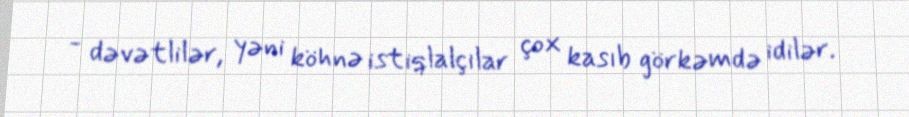
- dəvətlilər, yəni köhnə istiqlalçılar çox kasıb görkəmdə idilər.